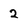
Character: 2